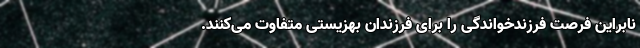
نابراین فرصت فرزندخواندگی را برای فرزندان بهزیستی متفاوت می‌کنند.